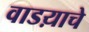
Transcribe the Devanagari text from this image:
वाडय़ाचे